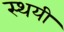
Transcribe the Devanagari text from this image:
स्‍थयी